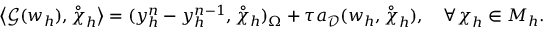
\big \langle \boldsymbol { \mathcal { G } } ( \boldsymbol { w } _ { h } ) , \mathring { \boldsymbol { \chi } } _ { h } \big \rangle = ( y _ { h } ^ { n } - y _ { h } ^ { n - 1 } , \mathring { \chi } _ { h } ) _ { \Omega } + \tau a _ { \mathcal { D } } ( \boldsymbol { w } _ { h } , \mathring { \boldsymbol { \chi } } _ { h } ) , \quad \forall \boldsymbol { \chi } _ { h } \in \boldsymbol { M } _ { h } .